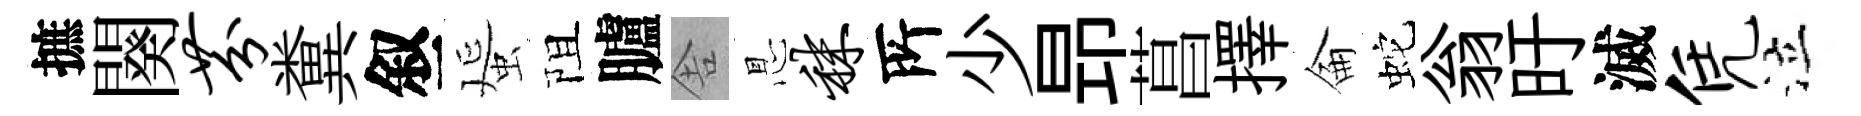
摭闋芬糞叙蜑阻臚舎㤙秣𠩄少昻菖擇侖蛇翁旴滅凭泣